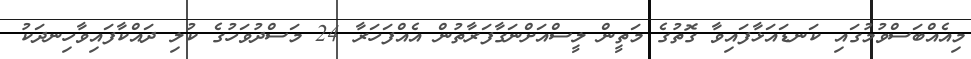
މިއެއްބަސްވުމުގައި ކަނޑައަޅާފައިވާ ގޮތުގެ މަތީން ލީސްއަށްނަގާފަރާތުން އެއްފަހަރާ 24 މަސްދުވަހުގެ ކުލި ދައްކާފައިވާހިނދަކު